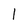
Character: 1